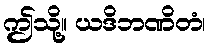
ဤသို့။ ယဒိဘဏိတံ၊